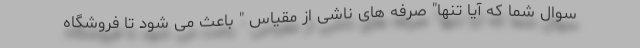
سوال شما که آیا تنها" صرفه های ناشی از مقیاس " باعث می شود تا فروشگاه